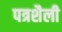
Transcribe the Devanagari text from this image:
पत्रशैली